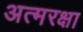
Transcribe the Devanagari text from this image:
अत्मरक्षा